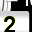
Digit: 2